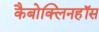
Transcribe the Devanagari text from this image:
कैबोक्लिनहॉस